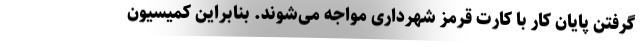
گرفتن پایان کار با کارت قرمز شهرداری مواجه می‌شوند. بنابراین کمیسیون